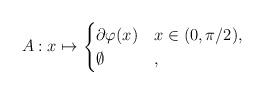
LaTeX: \begin{align*}A:x\mapsto\begin{cases}\partial\varphi(x)&x\in (0,\pi/2),\\\emptyset&,\end{cases}\end{align*}